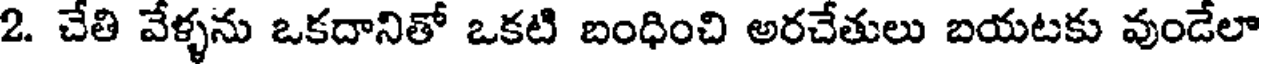
2. చేతి వేళ్ళను ఒకదానితో ఒకటి బంధించి అరచేతులు బయటకు వుండేలా